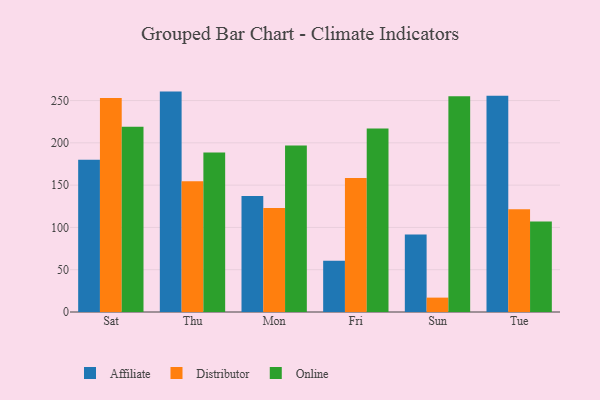
{"axis": {"x": "Day", "y": "Humidity (%)"}, "legend": ["Affiliate", "Distributor", "Online"], "data": [{"x": "Sat", "y": 180.0, "type": "Affiliate"}, {"x": "Sat", "y": 253.0, "type": "Distributor"}, {"x": "Sat", "y": 219.0, "type": "Online"}, {"x": "Thu", "y": 260.6, "type": "Affiliate"}, {"x": "Thu", "y": 154.6, "type": "Distributor"}, {"x": "Thu", "y": 188.5, "type": "Online"}, {"x": "Mon", "y": 137.2, "type": "Affiliate"}, {"x": "Mon", "y": 122.9, "type": "Distributor"}, {"x": "Mon", "y": 196.8, "type": "Online"}, {"x": "Fri", "y": 60.7, "type": "Affiliate"}, {"x": "Fri", "y": 158.5, "type": "Distributor"}, {"x": "Fri", "y": 217.0, "type": "Online"}, {"x": "Sun", "y": 91.7, "type": "Affiliate"}, {"x": "Sun", "y": 17.0, "type": "Distributor"}, {"x": "Sun", "y": 255.2, "type": "Online"}, {"x": "Tue", "y": 255.6, "type": "Affiliate"}, {"x": "Tue", "y": 121.6, "type": "Distributor"}, {"x": "Tue", "y": 107.1, "type": "Online"}]}